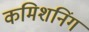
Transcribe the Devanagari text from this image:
कमिशनिंग